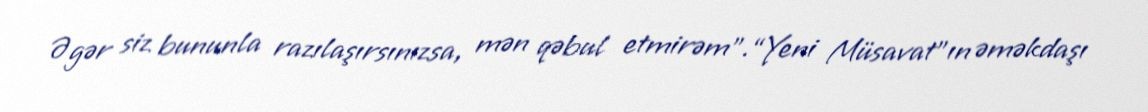
Əgər siz bununla razılaşırsınızsa, mən qəbul etmirəm”.“Yeni Müsavat”ın əməkdaşı